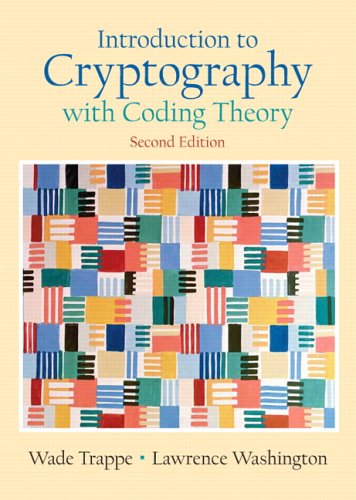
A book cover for Introduction to Cryptography with Coding Theory (2nd Edition); Wade Trappe; Computers & Technology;